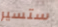
ستسير